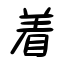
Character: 着